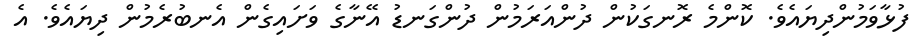
ފުޅާވަމުންދިޔައެވެ. ކޮންމެ ރޮނގަކުން ދުންއަރަމުން ދުންގަނޑު އޭނާގެ ވަށައިގެން އެނބުރެމުން ދިޔައެވެ. އެ